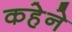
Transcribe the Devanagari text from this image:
कहेने